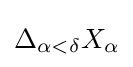
\displaystyle \Delta _{\alpha <\delta }X_{\alpha }